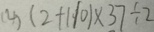
( 4 ) ( 2 + 1 1 0 ) \times 3 7 \div 2